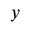
{ _ y }